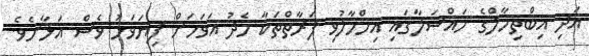
އަދި އިބްތިހާލްގެ މައްސަލާގައި އިހްމާލުވި ފަރާތްތަކާ މެދު އަވަހަށް ފިޔަވަޅު ވެސް އަޅާށެވެ.